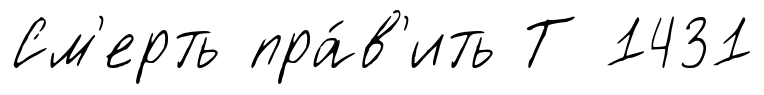
См'ерть пра́в'ить Т 1431